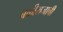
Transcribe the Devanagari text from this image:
बळीराजाची